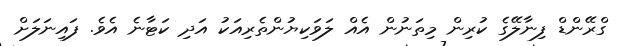
ގްރޭންޑް ފިނާލޭގެ ކުރިން މިތަނުން އެއް ލަވަކިޔުންތެރިއަކު އަދި ކަޓާނެ އެވެ. ފައިނަލަށް